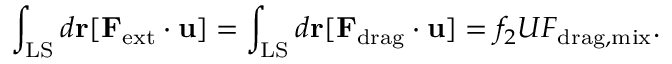
\int _ { \mathrm { L S } } d { \bf r } [ { \bf F } _ { \mathrm { e x t } } \cdot { \bf u } ] = \int _ { \mathrm { L S } } d { \bf r } [ { \bf F } _ { \mathrm { d r a g } } \cdot { \bf u } ] = f _ { 2 } U F _ { \mathrm { d r a g , m i x } } .